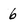
Character: 6